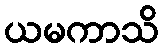
ယမကာသိ